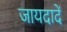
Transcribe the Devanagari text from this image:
जायदादें